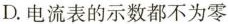
D.电流表的示数都不为零